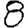
Digit: 8